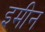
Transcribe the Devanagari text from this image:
इमीन